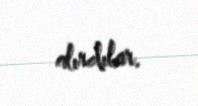
alırdılar.